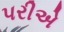
પરીએ